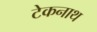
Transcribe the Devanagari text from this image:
टेकनाथ